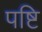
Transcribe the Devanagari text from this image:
पष्टि